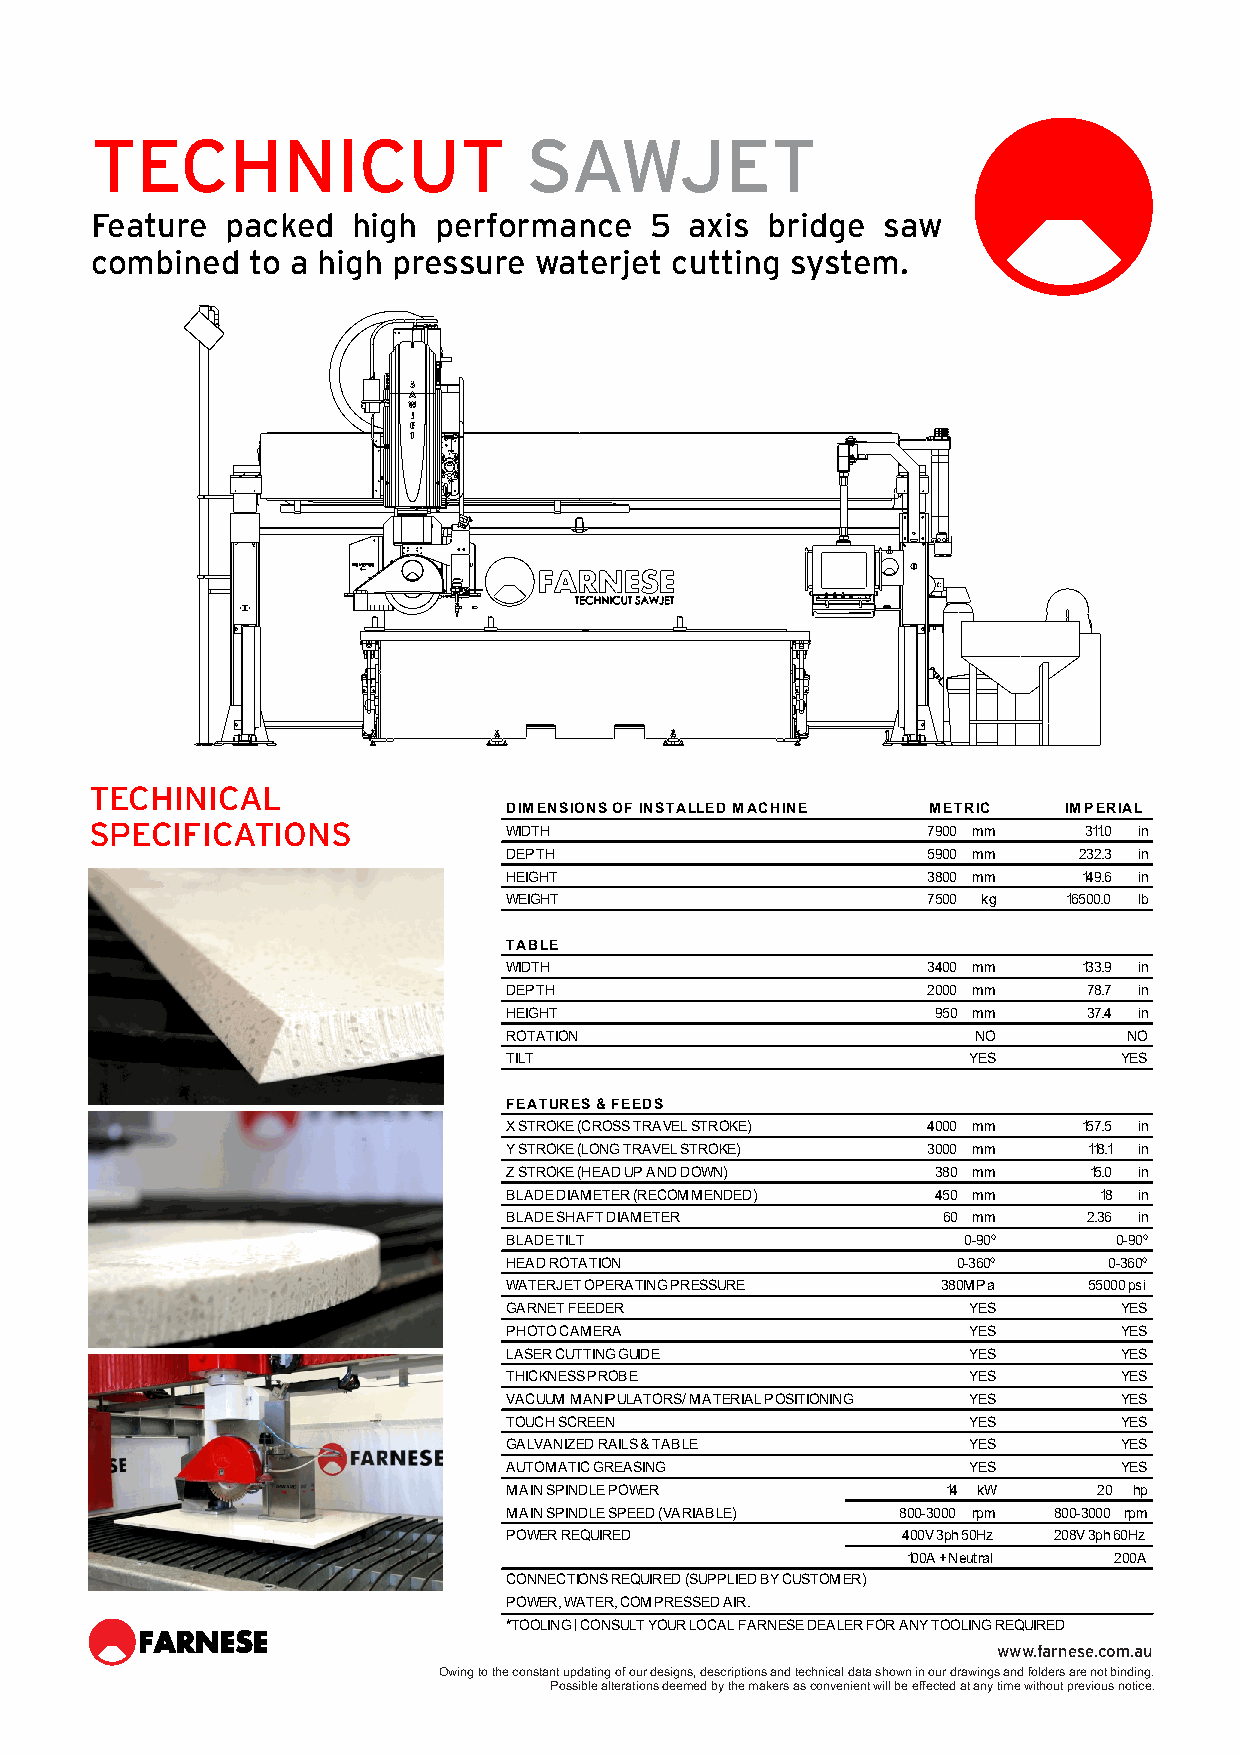
TECHNICUT                    SAWJET
 Feature  packed  high  performance   5  axis bridge saw
 combined  to a high pressure waterjet cutting system.
 TECHINICAL
 DIMENSIONS OF INSTALLED MACHINE METRIC IMPERIAL
 SPECIFICATIONS             WIDTH                       7900 mm    311.0 in
 DEPTH                       5900 mm   232.3 in
 HEIGHT                      3800 mm    149.6 in
 WEIGHT                      7500 kg   16500.0 lb
 TABLE
 WIDTH                       3400 mm    133.9 in
 DEPTH                       2000 mm    78.7 in
 HEIGHT                       950 mm    37.4 in
 ROTATION                        NO        NO
 TILT                           YES       YES
 FEATURES & FEEDS
 X STROKE (CROSS TRAVEL STROKE) 4000 mm 157.5 in
 Y STROKE (LONG TRAVEL STROKE) 3000 mm  118.1 in
 Z STROKE (HEAD UP AND DOWN)  380 mm    15.0 in
 BLADE DIAMETER (RECOMMENDED) 450 mm     18 in
 BLADE SHAFT DIAMETER         60 mm     2.36 in
 BLADE TILT                     0-90º     0-90º
 HEAD ROTATION                 0-360º    0-360º
 WATERJET OPERATING PRESSURE  380MPa    55000 psi
 GARNET FEEDER                  YES       YES
 PHOTO CAMERA                   YES       YES
 LASER CUTTING GUIDE            YES       YES
 THICKNESS PROBE                YES       YES
 VACUUM MANIPULATORS/ MATERIAL POSITIONING YES YES
 TOUCH SCREEN                   YES       YES
 GALVANIZED RAILS & TABLE       YES       YES
 AUTOMATIC GREASING             YES       YES
 MAIN SPINDLE POWER            14 kW     20 hp
 MAIN SPINDLE SPEED (VARIABLE) 800-3000 rpm 800-3000 rpm
 POWER REQUIRED             400V 3ph 50Hz 208V 3ph 60Hz
 100A + Neutral 200A
 CONNECTIONS REQUIRED (SUPPLIED BY CUSTOMER)
 POWER, WATER, COMPRESSED AIR.
 *TOOLING | CONSULT YOUR LOCAL FARNESE DEALER FOR ANY TOOLING REQUIRED
 www.farnese.com.au
 Owing to the constant updating of our designs, descriptions and technical data shown in our drawings and folders are not binding.
 Possible alterations deemed by the makers as convenient will be effected at any time without previous notice.